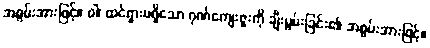
အစွမ်းအားဖြင့်။ ဝါ၊ ထင်ရှားမရှိသော ဂုဏ်ကျေးဇူးကို ချီးမွမ်းခြင်း၏ အစွမ်းအားဖြင့်။